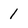
Character: 1